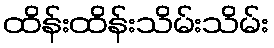
ထိန်းထိန်းသိမ်းသိမ်း